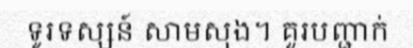
ទូរទស្សន៍ សាមសុង។ គួរបញ្ជាក់